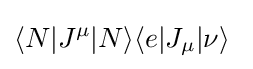
\langle N|J^{\mu }|N\rangle \langle e|J_{\mu }|\nu \rangle ~